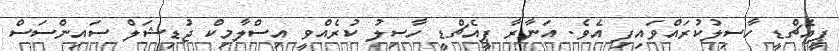
ޕީއެޗްޑީ ހާސިލުކުރައްވައިފި އެވެ. އަނާރާ ޕީއެޗްޑީ ހާސިލު ކުރެއްވީ އިސްލާމިކް ޖުޑިޝަލް ސައިންސަސް